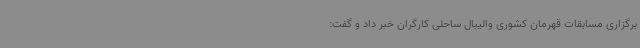
برگزاری مسابقات قهرمان کشوری والیبال ساحلی کارگران خبر داد و گفت: